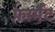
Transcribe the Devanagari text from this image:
फ़ार्मैट